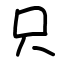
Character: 只